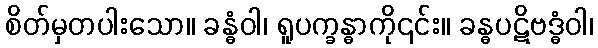
စိတ်မှတပါးသော။ ခန္ဓံဝါ၊ ရူပက္ခန္ဓာကို၎င်း။ ခန္ဓပဋိဗဒ္ဓံဝါ၊